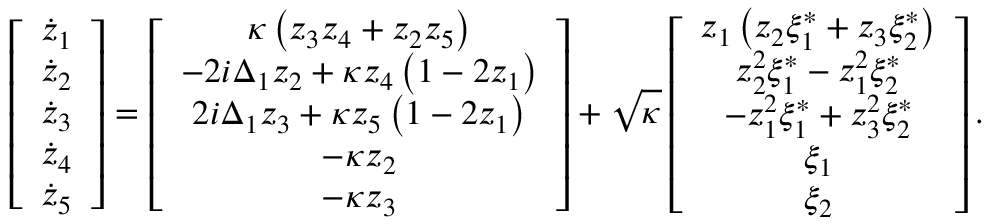
\left[ \begin{array} { c } { \dot { z } _ { 1 } } \\ { \dot { z } _ { 2 } } \\ { \dot { z } _ { 3 } } \\ { \dot { z } _ { 4 } } \\ { \dot { z } _ { 5 } } \end{array} \right] = \left[ \begin{array} { c } { \kappa \left( z _ { 3 } z _ { 4 } + z _ { 2 } z _ { 5 } \right) } \\ { - 2 i \Delta _ { 1 } z _ { 2 } + \kappa z _ { 4 } \left( 1 - 2 z _ { 1 } \right) } \\ { 2 i \Delta _ { 1 } z _ { 3 } + \kappa z _ { 5 } \left( 1 - 2 z _ { 1 } \right) } \\ { - \kappa z _ { 2 } } \\ { - \kappa z _ { 3 } } \end{array} \right] + \sqrt { \kappa } \left[ \begin{array} { c } { z _ { 1 } \left( z _ { 2 } \xi _ { 1 } ^ { * } + z _ { 3 } \xi _ { 2 } ^ { * } \right) } \\ { z _ { 2 } ^ { 2 } \xi _ { 1 } ^ { * } - z _ { 1 } ^ { 2 } \xi _ { 2 } ^ { * } } \\ { - z _ { 1 } ^ { 2 } \xi _ { 1 } ^ { * } + z _ { 3 } ^ { 2 } \xi _ { 2 } ^ { * } } \\ { \xi _ { 1 } } \\ { \xi _ { 2 } } \end{array} \right] .